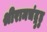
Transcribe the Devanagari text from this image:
श्रीरामचंद्रुडु